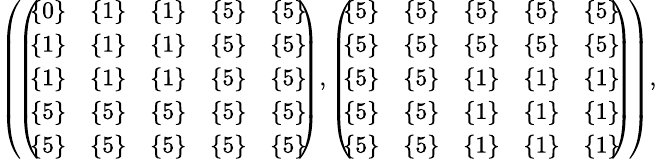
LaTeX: \begin{array}{r}{\small{\left(\! \left(\! \! \begin{array}{ccccc}{\{ 0\} }&{\{ 1\} }&{\{ 1\} }&{\{ 5\} }&{\{ 5\} }\\ {\{ 1\} }&{\{ 1\} }&{\{ 1\} }&{\{ 5\} }&{\{ 5\} }\\ {\{ 1\} }&{\{ 1\} }&{\{ 1\} }&{\{ 5\} }&{\{ 5\} }\\ {\{ 5\} }&{\{ 5\} }&{\{ 5\} }&{\{ 5\} }&{\{ 5\} }\\ {\{ 5\} }&{\{ 5\} }&{\{ 5\} }&{\{ 5\} }&{\{ 5\} }\end{array}\! \! \right),\left(\! \! \begin{array}{ccccc}{\{ 5\} }&{\{ 5\} }&{\{ 5\} }&{\{ 5\} }&{\{ 5\} }\\ {\{ 5\} }&{\{ 5\} }&{\{ 5\} }&{\{ 5\} }&{\{ 5\} }\\ {\{ 5\} }&{\{ 5\} }&{\{ 1\} }&{\{ 1\} }&{\{ 1\} }\\ {\{ 5\} }&{\{ 5\} }&{\{ 1\} }&{\{ 1\} }&{\{ 1\} }\\ {\{ 5\} }&{\{ 5\} }&{\{ 1\} }&{\{ 1\} }&{\{ 1\} }\end{array}\! \! \right)\! \right),}}\end{array}